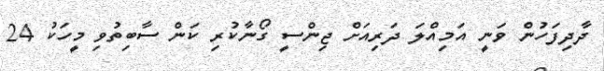
ދާދިފަހުން ވަނީ އަމިއްލަ ދަރިއަށް ޖިންސީ ގޯނާކުރި ކަން ސާބިތުވި މީހަކު 24